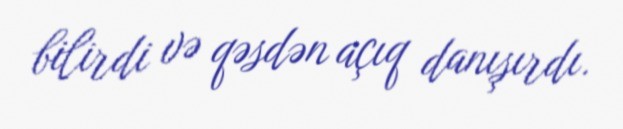
bilirdi və qəsdən açıq danışırdı.